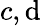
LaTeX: c,\mathrm{d}